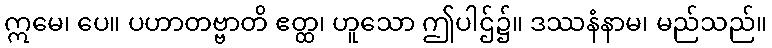
ဣမေ၊ ပေ။ ပဟာတဗ္ဗာတိ ဧတ္ထ၊ ဟူသော ဤပါဌ်၌။ ဒဿနံနာမ၊ မည်သည်။